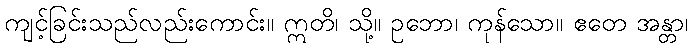
ကျင့်ခြင်းသည်လည်းကောင်း။ ဣတိ၊ သို့။ ဥဘော၊ ကုန်သော။ ဧတေ အန္တာ၊